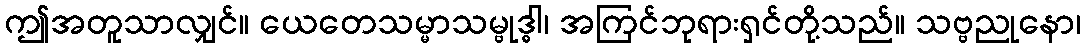
ဤအတူသာလျှင်။ ယေတေသမ္မာသမ္ဗုဒ္ဓါ၊ အကြင်ဘုရားရှင်တို့သည်။ သဗ္ဗညုနော၊